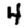
Digit: 4